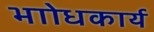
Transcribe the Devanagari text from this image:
भाोधकार्य